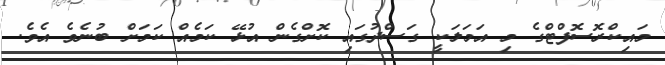
މައިކްރޮސޮފްޓްގެ މި އަމަލަކީ ގަސްދުގައި ކޮށްގެން އުޅޭ ކަމެއް ކަމަށް ބުނެވެ އެވެ.